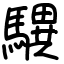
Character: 龭